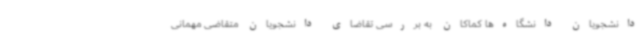
دانشجویان دانشگاه‌ها کماکان به بررسی تقاضای دانشجویان متقاضی مهمانی